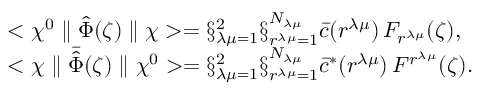
\begin{array} { l } { { < \chi ^ { 0 } \parallel \hat { \Phi } ( \zeta ) \parallel \chi > = \S _ { \lambda \mu = 1 } ^ { 2 } \S _ { r ^ { \lambda \mu } = 1 } ^ { N _ { \lambda \mu } } \bar { c } ( r ^ { \lambda \mu } ) \, F _ { r ^ { \lambda \mu } } ( \zeta ) , } } \\ { { < \chi \parallel \bar { \hat { \Phi } } ( \zeta ) \parallel \chi ^ { 0 } > = \S _ { \lambda \mu = 1 } ^ { 2 } \S _ { r ^ { \lambda \mu } = 1 } ^ { N _ { \lambda \mu } } { \bar { c } } ^ { * } ( r ^ { \lambda \mu } ) \, F ^ { r ^ { \lambda \mu } } ( \zeta ) . } } \end{array}